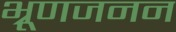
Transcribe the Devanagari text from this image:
भ्रूणजनन